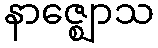
နာဇ္ဈောသ